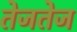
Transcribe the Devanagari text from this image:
तेजतेज